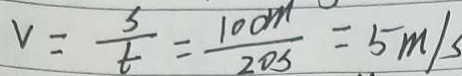
v = \frac { s } { t } = \frac { 1 0 0 m } { 2 0 s } = 5 m / s